Report on plague in the Punjab from October 1st ... to September 30th ..., being the ... season of plague in the province
Disease focus: Plague
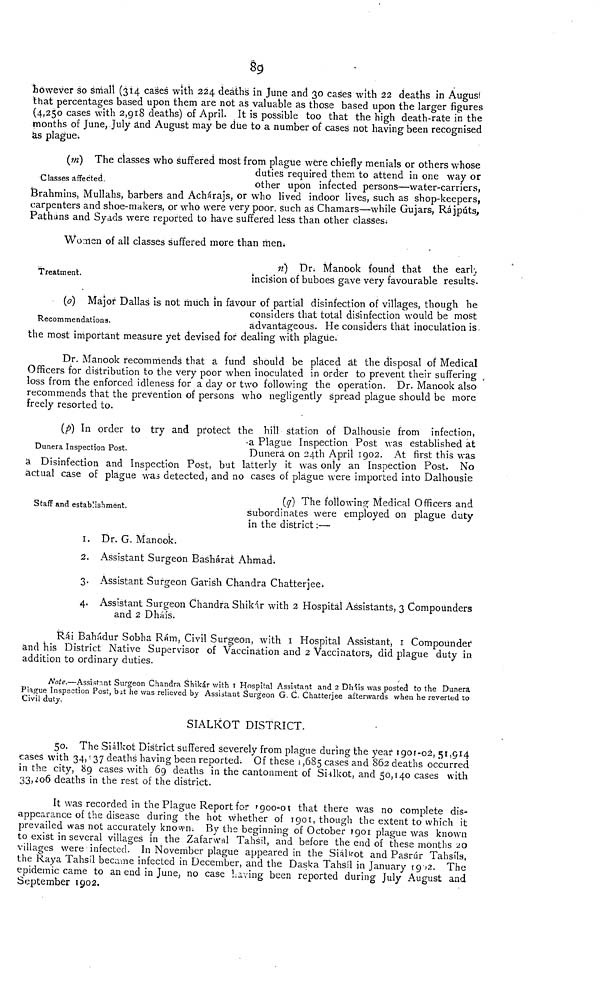
§9
however so small (314 cases with 224 deaths in June and 30 cases with 22 deaths in August
that percentages based upon them are not as valuable as those based upon the larger figures
(4,250 cases with 2,918 deaths) of April. It is possible too that the high death-rate in the
months of June, July and August may be due to a number of cases not having been recognised
as plague.
Classes affected.
(m) The classes who suffered most from plague were chiefly menials or others whose
duties required them to attend in one way or
other upon infected persons—water-carriers,
Brahmins, Mullahs, barbers and Achárajs, or who lived indoor lives, such as shop-keepers,
carpenters and shoe-makers, or who were very poor, such as Chamars—while Gujars, Rájpúts,
Pathuns and Syads were reported to have suffered less than other classes.
Women of all classes suffered more than men.
Treatment.
n) Dr. ManOok found that the earl;
incision of buboes gave very favourable results.
Recommendations.
(o) Major Dallas is not much in favour of partial disinfection of villages, though he
considers that total disinfection would be most
advantageous. He considers that inoculation is.
the most important measure yet devised for dealing with plague.
Dr. Manook recommends that a fund should be placed at the disposal of Medical
Officers for distribution to the very poor when inoculated in order to prevent their suffering ,
loss from the enforced idleness for a day or two following the operation. Dr. Manook also
recommends that the prevention of persons who negligently spread plague should be more
freely resorted to.
Dunera Inspection Post.
(p) In order to try and protect the hill station of Dalhousie from infection,
a Plague Inspection Post was established at
Dunera on 24th April 1902. At first this was
a Disinfection and Inspection Post, but latterly it was only an Inspection Post. No
actual case of plague was detected, and no cases of plague were imported into Dalhousie
Staff and establishment.
(q) The following Medical Officers and
subordinates were employed on plague duty
in the district:—
1. Dr. G. Manook.
2. Assistant Surgeon Basharat Ahmad.
3. Assistant Surgeon Garish Chandra Chatterjee.
4. Assistant Surgeon Chandra Shikár with 2 Hospital Assistants, 3 Compounders
and 2 Dháís.
Rái Bahádur Sobha Rám, Civil Surgeon, with 1 Hospital Assistant, 1 Compounder
and his District Native Supervisor of Vaccination and 2 Vaccinators, did plague duty in
addition to ordinary duties.
Note.—Assistant Surgeon Chandra Shikár with 1 Hospital Assistant and 2 Dháis was posted to the Dunera
Piague Inspection Post, but he was relieved by Assistant Surgeon G. C. Chatterjee afterwards when he reverted to
Civil duty.
SIALKOT DISTRICT.
50. The Siálkot District suffered severely from plague during the year 1901-02, 51,914
cases with 34,137 deaths having been reported. Of these 1,685 cases and 862 deaths occurred
in the city, 89 cases with 69 deaths in the cantonment of Sialkot, and 50,140 cases with
33,206 deaths in the rest of the district.
It was recorded in the Plague Report for rgoo-01 that there was no complete dis-
appearance of the disease during the hot whether of 1901, though the extent to which it
prevailed was not accurately known. By the beginning of October 1901 plague was known
to exist in several villages in the Zafarwul Tahsíl, and before the end of these months 20
villages were infected. In November plague appeared in the Siálkot and Pasrúr Tahsíls,
the Raya Tahsíl became infected in December, and the Daska Tahsíl in January 1902. The
epidemic came to an end in June, no case Laving been reported during July August and
September 1902.